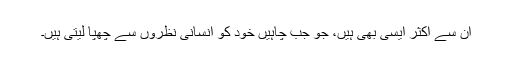
ان سے اکثر ایسی بھی ہیں، جو جب چاہیں خود کو انسانی نظروں سے چھپا لیتی ہیں۔